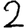
Digit: 2